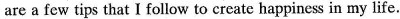
are a few tips that I follow to create happiness in my life.